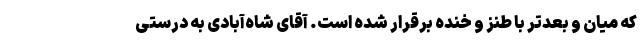
که میان و بعدتر با طنز و خنده برقرار شده است. آقای شاه‌آبادی به درستی